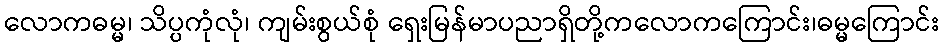
လောကဓမ္မ၊ သိပ္ပကုံလုံ၊ ကျမ်းစွယ်စုံ ရှေးမြန်မာပညာရှိတို့ကလောကကြောင်း၊ဓမ္မကြောင်း